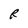
Character: R